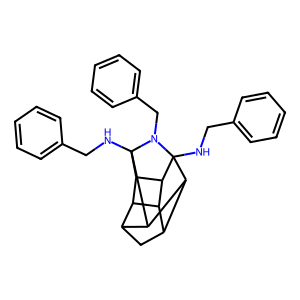
SMILES: c1ccc(CNC23C4C5CC6C7C5C2C7C(NCc2ccccc2)(C64)N3Cc2ccccc2)cc1
Inhibits HIV replication: No